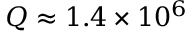
Q \approx 1 . 4 \times 1 0 ^ { 6 }